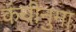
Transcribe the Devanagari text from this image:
कंघीनुमा